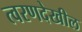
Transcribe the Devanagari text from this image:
त्वरणदेखील